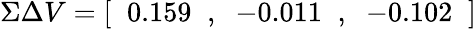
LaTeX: \Sigma\Delta V=[\; \; 0.159\; \; ,\; \; -0.011\; \; ,\; \; -0.102\; \; ]